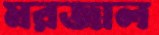
মরজাল